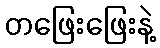
တဖြေးဖြေးနဲ့